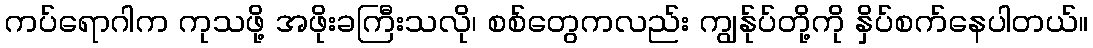
ကပ်ရောဂါက ကုသဖို့ အဖိုးခကြီးသလို၊ စစ်တွေကလည်း ကျွန်ုပ်တို့ကို နှိပ်စက်နေပါတယ်။